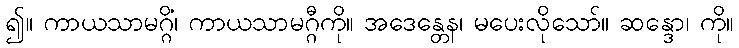
၍။ ကာယသာမဂ္ဂိံ၊ ကာယသာမဂ္ဂီကို။ အဒေန္တေန၊ မပေးလိုသော်။ ဆန္ဒော၊ ကို။